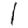
Digit: 1